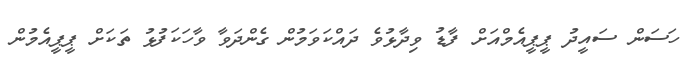
ހަސަން ސައީދު ޕީޕީއެމްއަށް ފާޑު ވިދާޅުވެ ދައްކަވަމުން ގެންދަވާ ވާހަކަފުޅު ތަކަށް ޕީޕީއެމުން